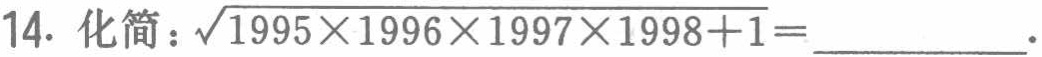
14. 化简：\(\sqrt{1995\times1996\times1997\times1998 + 1}=\)________.